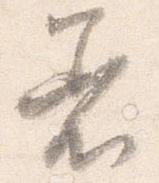
着